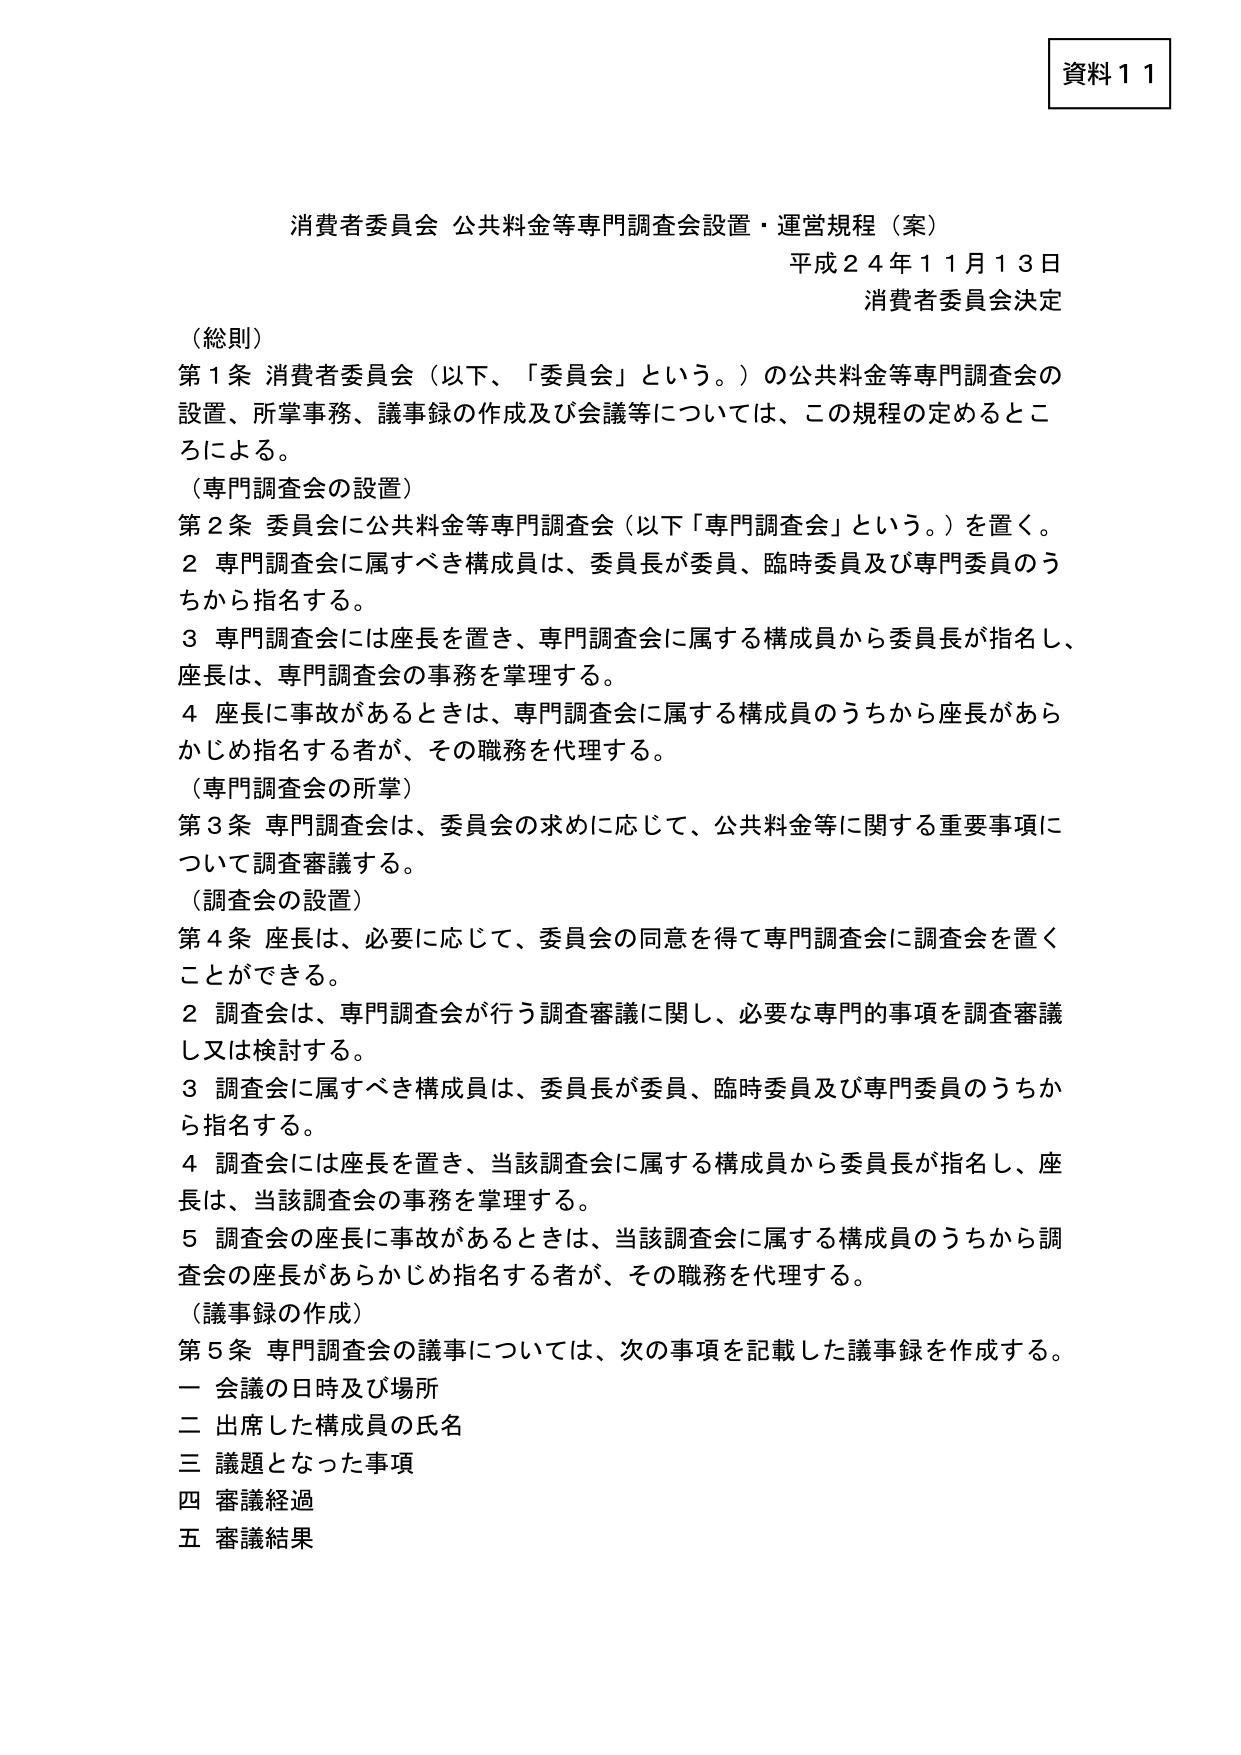
資料１１

消費者委員会 公共料金等専門調査会設置・運営規程（案）
平成２４年１１月１３日
消費者委員会決定

（総則）
第１条 消費者委員会（以下、「委員会」という。）の公共料金等専門調査会の
設置、所掌事務、議事録の作成及び会議等については、この規程の定めるところによる。

（専門調査会の設置）
第２条 委員会に公共料金等専門調査会（以下「専門調査会」という。）を置く。
２ 専門調査会に属すべき構成員は、委員長が委員、臨時委員及び専門委員のうちから指名する。
３ 専門調査会には座長を置き、専門調査会に属する構成員から委員長が指名し、
座長は、専門調査会の事務を掌理する。
４ 座長に事故があるときは、専門調査会に属する構成員のうちから座長があらかじめ指名する者が、その職務を代理する。

（専門調査会の所掌）
第３条 専門調査会は、委員会の求めに応じて、公共料金等に関する重要事項について調査審議する。

（調査会の設置）
第４条 座長は、必要に応じて、委員会の同意を得て専門調査会に調査会を置くことができる。
２ 調査会は、専門調査会が行う調査審議に関し、必要な専門的事項を調査審議し又は検討する。
３ 調査会に属すべき構成員は、委員長が委員、臨時委員及び専門委員のうちから指名する。
４ 調査会には座長を置き、当該調査会に属する構成員から委員長が指名し、座長は、当該調査会の事務を掌理する。
５ 調査会の座長に事故があるときは、当該調査会に属する構成員のうちから調査会の座長があらかじめ指名する者が、その職務を代理する。

（議事録の作成）
第５条 専門調査会の議事については、次の事項を記載した議事録を作成する。
一 会議の日時及び場所
二 出席した構成員の氏名
三 議題となった事項
四 審議経過
五 審議結果